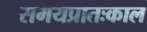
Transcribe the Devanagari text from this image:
समयप्रातःकाल